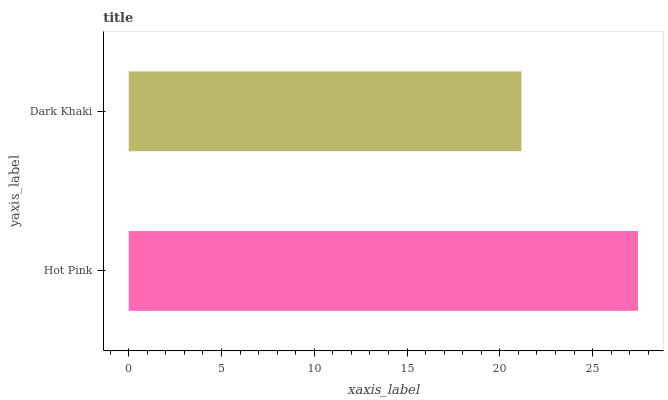
| yaxis_label | bars |
 | --- | --- |
 | Hot Pink | 27.5 |
 | Dark Khaki | 21.2 |